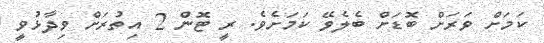
ކަމަށް ވަރަށް ބޮޑަށް ބެލެވޭ ކަމަށެވެ. ރީ ޓޮން 2 އިތުރަށް ވިދާޅުވީ